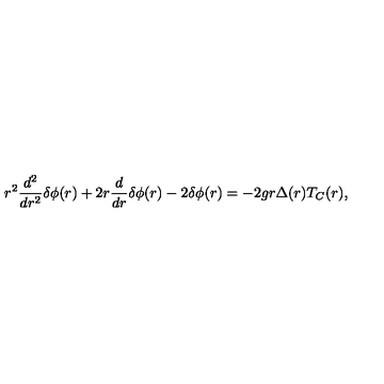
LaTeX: r ^ { 2 } \frac { d ^ { 2 } } { d r ^ { 2 } } { \delta } { \phi } ( r ) + 2 r \frac { d } { d r } { \delta } { \phi } ( r ) - 2 { \delta } { \phi } ( r ) = - 2 g r { \Delta } ( r ) T _ { C } ( r ) ,